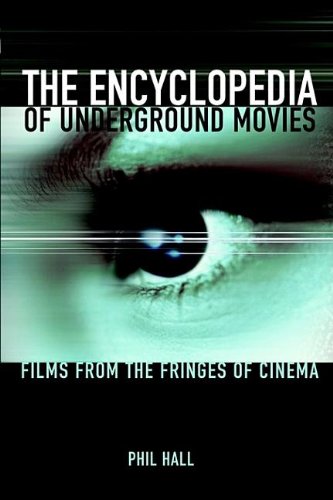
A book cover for The Encyclopedia of Underground Movies: Films from the Fringes of Cinema; Phil Hall; Humor & Entertainment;